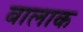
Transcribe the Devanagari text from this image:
बालाक